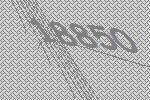
18850